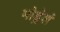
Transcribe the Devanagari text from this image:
मोड्रेशं